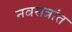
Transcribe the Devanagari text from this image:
नवरात्रांत